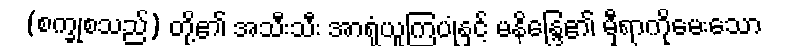
(စက္ခုစသည်) တို့၏ အသီးသီး အာရုံယူကြပုံနှင့် မနိန္ဒြေ၏ မှီရာကိုမေးသော